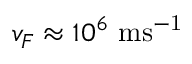
v _ { F } \approx 1 0 ^ { 6 } ~ \mathrm { m s ^ { - 1 } }